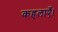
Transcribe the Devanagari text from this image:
कहलाएँ।